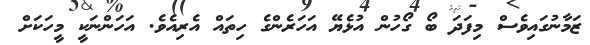
ޒަމާނުގައިވެސް މިފަދަ ބޯ ގޯހުން އުޅެޔޭ އަހަރެންގެ ހިތައް އެރިއެވެ. އަހަންނަކީ މީހަކަށް